Annual vaccination report of Bihar and Orissa - 1911-1928
Year: 1911
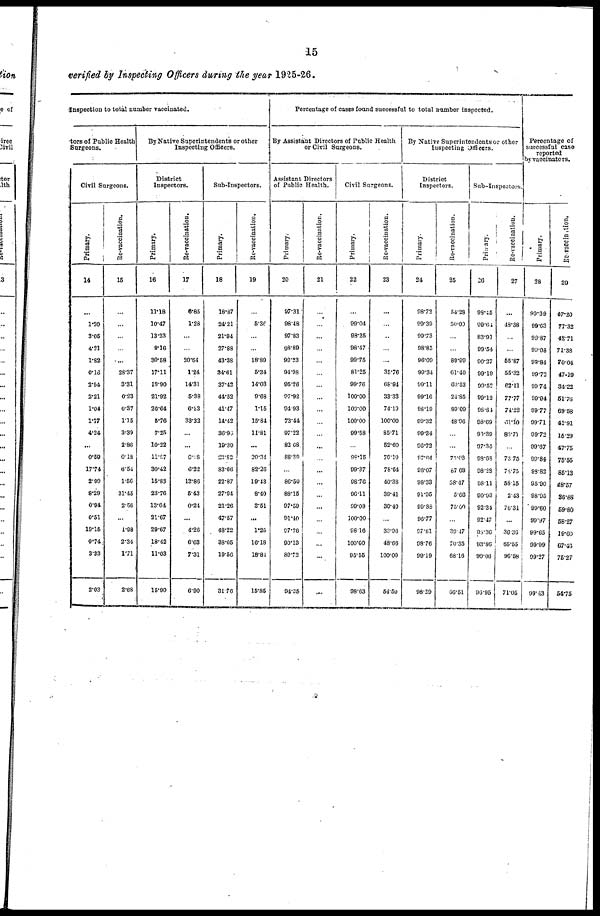
15
verified by Inspecting Officers during the year 1925-26.
Inspection to total number vaccinated.
tors of Public Health
Surgeons.
Civil Surgeons.
Primary.
14
...
1.20
3.05
4.21
1.82
0.16
2.54
3.21
1.04
1.77
4.24
...
0.59
17.74
2.99
8.29
0.94
0.51
10.16
0.74
3.33
2.03
Re-vaccination.
15
...
...
...
...
...
28.37
3.31
0.23
0.37
1.35
3.39
2.86
0.18
6.54
1.56
31.46
2.56
...
1.98
2.34
1.71
2.68
By Native Superintendents or other
Inspecting Officers.
District
Inspectors.
Primary.
16
11.18
10.47
13.23
9.16
30.68
17.11
19.90
21.92
20.64
6.76
7.25
10.32
11.97
30.42
15.83
23.76
13.64
21.67
29.67
18.42
11.03
15.90
Re-vaccination.
17
6.85
1.28
...
...
20.54
1.24
14.31
5.38
6.23
33.32
...
...
60.8
6.22
13.86
5.43
0.24
...
4.26
6.63
7.31
6.90
Sub-Inspectors.
Primary.
18
18.87
24.21
21.94
27.88
43.38
34.61
37.42
44.52
41.47
14.42
36.90
19.39
22.82
83.66
22.87
27.94
21.26
47.57
48.22
38.05
19.56
31.76
Re-vaccination.
19
...
6.36
...
...
18.89
5.34
14.03
9.68
1.15
15.84
11.81
...
20.34
82.26
19.43
8.40
8.51
...
1.25
16.18
18.81
15.85
Percentage of cases found successful to total number inspected.
By Assistant Directors of Public Health
or Civil Surgeons.
Assistant Directors
of Public Health.
Primary.
20
97.31
98.48
97.83
98.89
99.23
94.98
95.26
97.92
94.93
73.44
97.22
83.68
88.39
...
86.50
88.15
97.59
91.40
97.76
90.13
89.72
94.35
Re-vaccination.
21
...
...
...
...
...
...
...
...
...
...
...
...
...
...
...
...
...
...
...
...
...
...
Civil Surgeons.
Primary.
22
...
99.04
98.25
98.47
99.75
81.25
99.76
100.00
100.00
100.00
99.58
...
98.15
99.37
98.76
90.11
99.09
100.00
98.16
100.00
95.55
98.63
Re-vaccination.
23
...
...
...
...
...
35.76
66.94
33.33
74.19
100.00
85.71
52.60
76.19
78.54
40.38
39.41
30.40
...
33.96
48.66
100.00
54.50
By Native Superintendents or other
Inspecting Officers.
District
Inspectors.
Primary.
24
98.72
99.39
99.73
98.85
96.09
99.34
99.11
99.16
98.19
90.32
99.34
96.72
97.64
98.07
98.33
91.95
99.88
98.77
97.61
98.76
99.19
98.29
Re-vaccination.
25
54.28
50.00
...
...
89.99
61.40
60.53
24.85
80.09
48.06
...
...
75.03
87.68
58.17
5.66
75.00
...
39.17
70.35
68.16
66.51
Sub-Inspectors.
Primary.
26
98.45
99.64
83.91
99.54
90.27
99.19
99.52
99.13
98.81
98.69
90.39
97.34
98.68
98.28
98.11
90.93
92.34
92.47
98.36
93.86
99.06
96.95
Re-vaccination.
27
...
43.38
...
...
55.87
55.32
62.11
77.77
74.22
61.10
83.71
...
73.75
78.75
58.15
2.43
75.31
...
36.36
65.55
96.58
71.05
Percentage of
successful case
reported
by vaccinators.
Primary.
28
90.39
99.63
99.87
99.03
99.84
99.73
99.74
99.94
99.77
99.71
99.72
99.67
99.84
93.82
95.90
98.95
99.60
99.97
99.65
99.99
99.27
99.43
Re-vaccination.
29
47.20
77.32
42.71
71.38
70.04
47.19
34.22
51.76
69.58
41.91
15.29
47.75
75.55
85.13
48.57
36.88
59.80
58.27
19.60
67.40
75.27
54.75